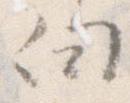
向